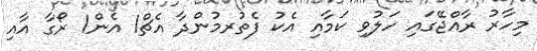
މިހާރު ރާއްޖޭގައި ހަލުވި ކަމާއި އެކު ފެތުރމުންދާ އެޗް1 އެން1 ރޯގާ އާއި